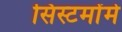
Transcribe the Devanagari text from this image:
सिस्टमोंमे